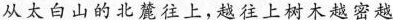
从太白山的北麓往上，越往上树木越密越